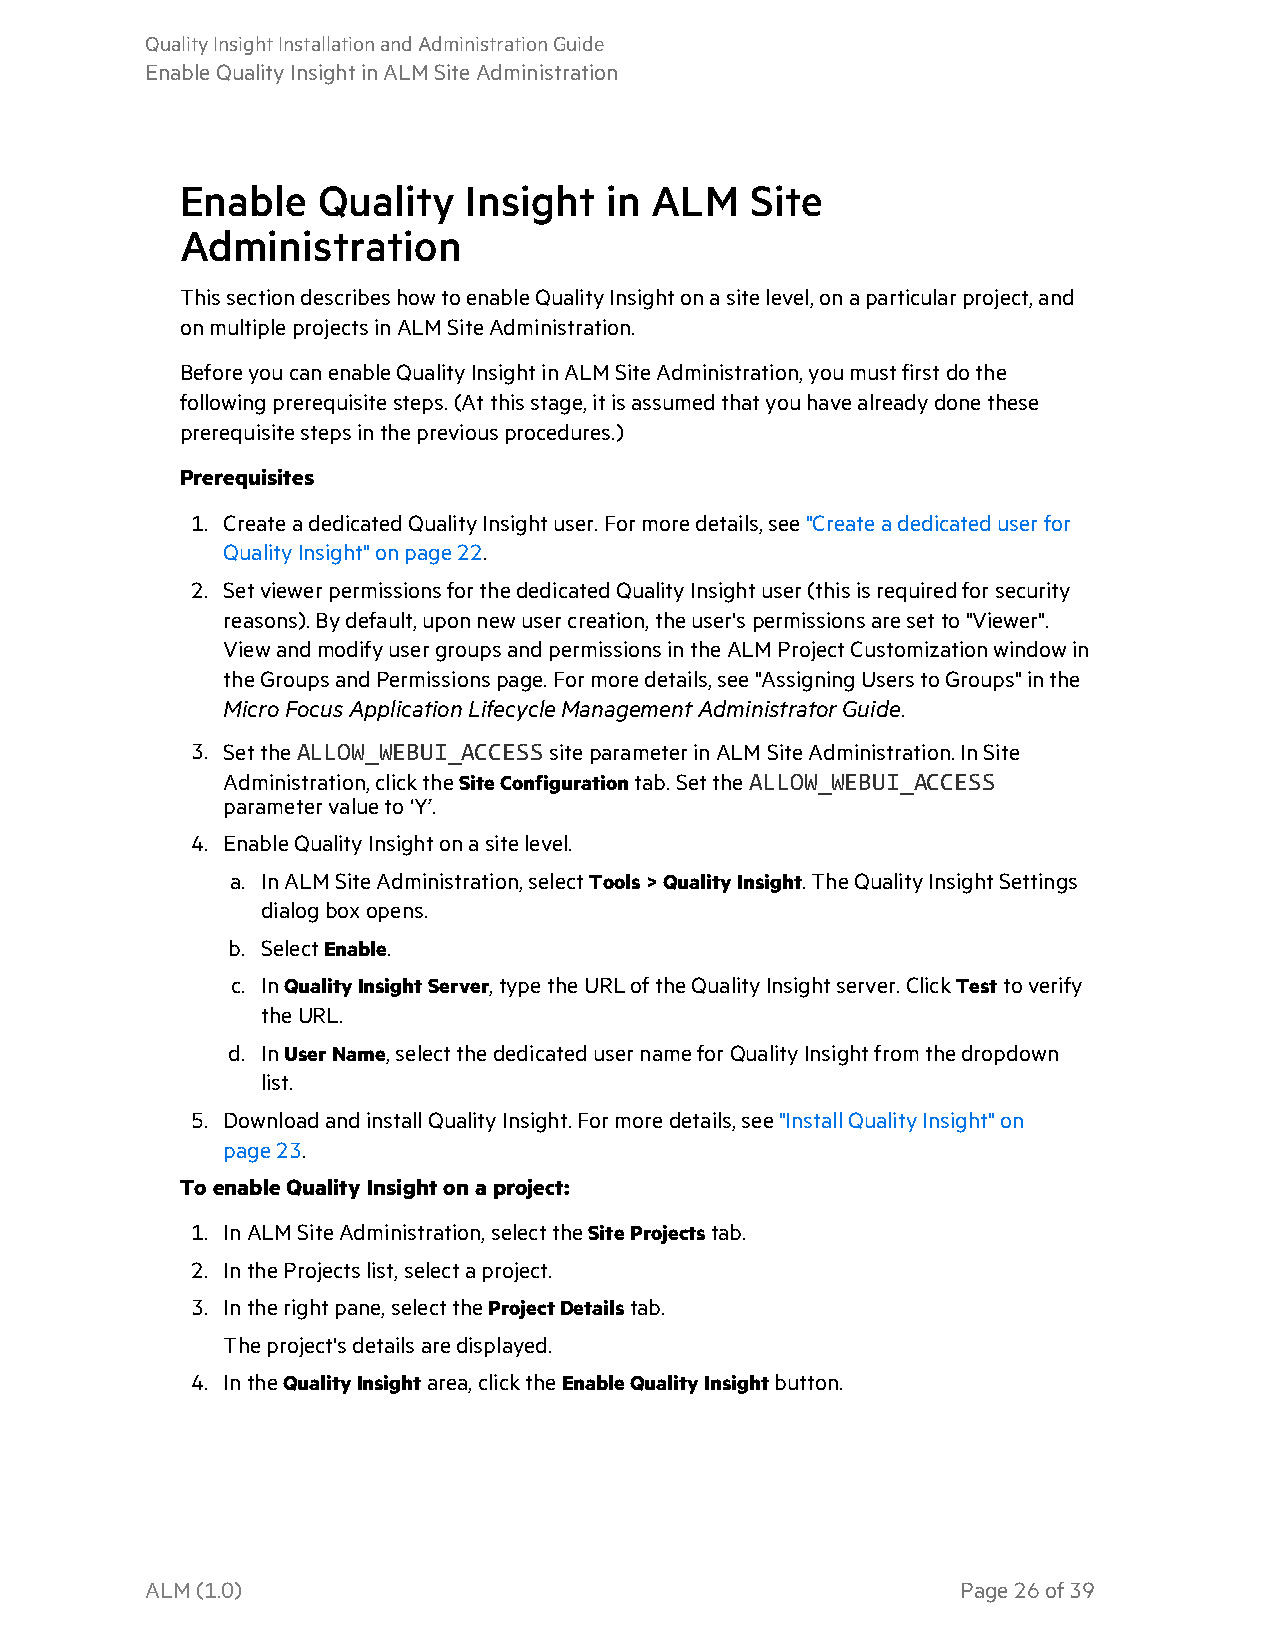
QualityInsightInstallationandAdministrationGuide
 EnableQualityInsightinALM SiteAdministration
 Enable   Quality   Insight  in ALM    Site
 Administration
 ThissectiondescribeshowtoenableQualityInsightonasitelevel,onaparticularproject,and
 onmultipleprojectsinALMSiteAdministration.
 BeforeyoucanenableQualityInsightinALM SiteAdministration,youmustfirstdothe
 followingprerequisitesteps.(Atthisstage,itisassumedthatyouhavealreadydonethese
 prerequisitestepsinthepreviousprocedures.)
 Prerequisites
 1. CreateadedicatedQualityInsightuser.Formoredetails,see"Createadedicateduserfor
 QualityInsight"onpage 22.
 2. SetviewerpermissionsforthededicatedQualityInsightuser(thisisrequiredforsecurity
 reasons).Bydefault,uponnewusercreation,theuser'spermissionsaresetto"Viewer".
 ViewandmodifyusergroupsandpermissionsintheALM ProjectCustomizationwindowin
 theGroupsandPermissionspage.Formoredetails,see"AssigningUserstoGroups"inthe
 MicroFocusApplicationLifecycleManagementAdministratorGuide.
 3. SettheALLOW_WEBUI_ACCESSsiteparameterinALM SiteAdministration.InSite
 Administration,clicktheSiteConfigurationtab.SettheALLOW_WEBUI_ACCESS
 parametervalueto‘Y’.
 4. EnableQualityInsightonasitelevel.
 a. InALM SiteAdministration,selectTools>QualityInsight.TheQualityInsightSettings
 dialogboxopens.
 b. SelectEnable.
 c. InQualityInsightServer,typetheURLoftheQualityInsightserver.ClickTesttoverify
 theURL.
 d. InUserName,selectthededicatedusernameforQualityInsightfromthedropdown
 list.
 5. DownloadandinstallQualityInsight.Formoredetails,see"InstallQualityInsight"on
 page 23.
 ToenableQualityInsightonaproject:
 1. InALM SiteAdministration,selecttheSiteProjectstab.
 2. IntheProjectslist,selectaproject.
 3. Intherightpane,selecttheProjectDetailstab.
 Theproject'sdetailsaredisplayed.
 4. IntheQualityInsightarea,clicktheEnableQualityInsightbutton.
 ALM(1.0)                                              Page26of39